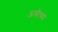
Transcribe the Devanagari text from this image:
अत्रीच्या